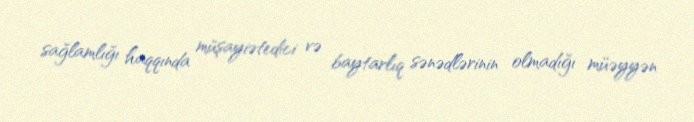
sağlamlığı haqqında müşayiətedici və baytarlıq sənədlərinin olmadığı müəyyən